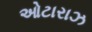
ઓટારાઝ